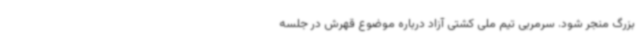
بزرگ منجر شود. سرمربی تیم ملی کشتی آزاد درباره موضوع قهرش در جلسه